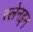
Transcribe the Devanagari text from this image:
स्लेनइन